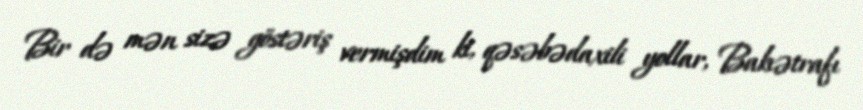
Bir də mən sizə göstəriş vermişdim ki, qəsəbədaxili yollar, Bakıətrafı